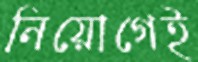
নিয়োগেই